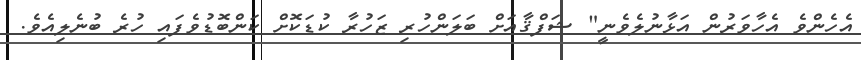
އެހެންވެ އެހާވަރުން އަޅާނުލެވެނީ" ޝަފްޤާއަށް ބަލަންހުރި ޒަހުރާ ކުޑަކޮށް ކަންބޮޑުވެފައި ހުރެ ބުނެލިއެވެ.